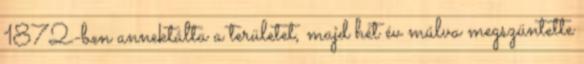
1872-ben annektálta a területet, majd hét év múlva megszüntette